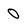
Character: 0